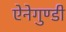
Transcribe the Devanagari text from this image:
ऐनेगुण्डी